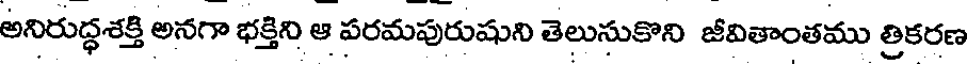
అనిరుద్ధశక్తి అనగా భక్తిని ఆ పరమపురుషుని తెలుసుకొని జీవితాంతము త్రికరణ